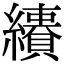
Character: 𦇅